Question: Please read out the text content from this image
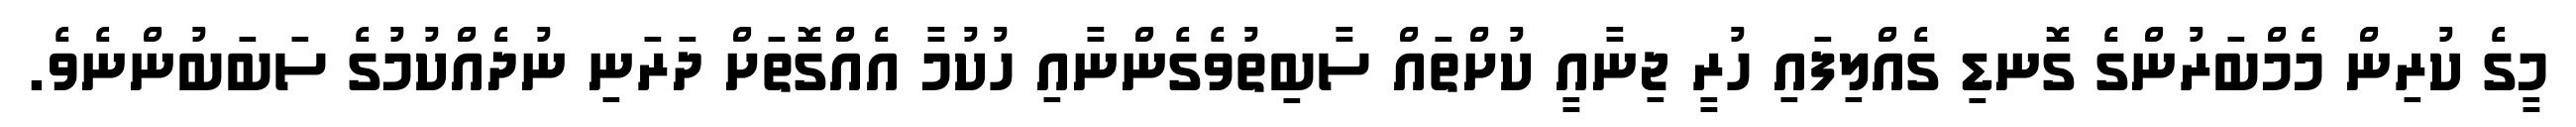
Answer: މީގެ ކުރިން މެމްބަރުންގެ ގޮނޑި ގެއްލިފައި ހުރީ ޖިނާއީ ކުށްތައް ސާބިތުވެގެންނާއި ހުކުމާ އެއްގޮތަށް ދަރަނި ނުދެއްކުމުގެ ސަބަބުންނެވެ.